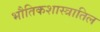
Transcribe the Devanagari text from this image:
भौतिकशास्त्रातिल